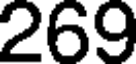
269